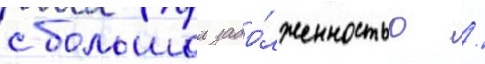
с большои задо́лженностью /